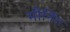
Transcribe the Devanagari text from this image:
मौर्निंग